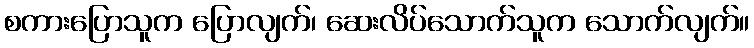
စကားပြောသူက ပြောလျက်၊ ဆေးလိပ်သောက်သူက သောက်လျက်။